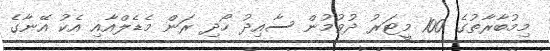
މިމުބާރާތުގެ 100 މީޓަރު ދުވުމުން ސާއިދު ހޯދި ރަން މެޑެލްއާއި އެކު އޭނާގެ